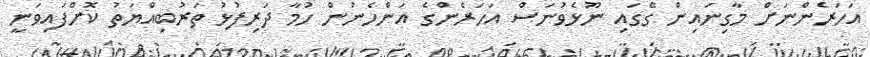
އަހަރެންނަށް މާގިނައިން ގޭގައި ނޫޅެވުނަސް އަހަރެންގެ އަންހެނުން ހުމާ ދަރިފުޅު ތަރުބިއްޔަތު ކޮށްފައިވަނީ